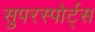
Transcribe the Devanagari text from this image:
सुपरस्पोर्ट्‌स